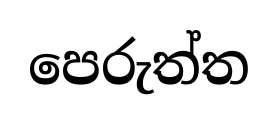
පෙරුත්ත